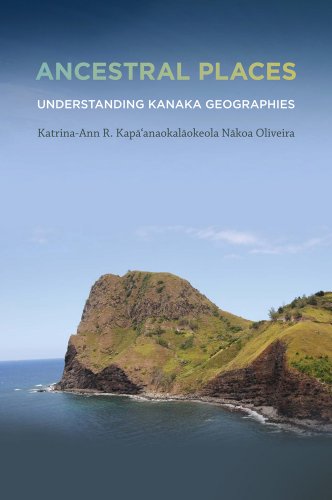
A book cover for Ancestral Places: Understanding Kanaka Geographies (First Peoples: New Directions in Indigenous Studies); Katrina-Ann R. Kapa'anaokalaokeola Nakoa Oliveira; Sports & Outdoors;